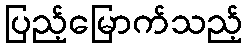
ပြည့်မြောက်သည့်